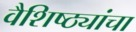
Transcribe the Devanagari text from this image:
वैशिष्ठ्यांचा